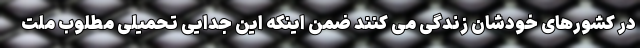
در کشورهای خودشان زندگی می کنند ضمن اینکه این جدایی تحمیلی مطلوب ملت